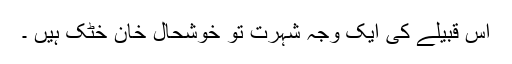
اس قبیلے کی ایک وجہ شہرت تو خوشحال خان خٹک ہیں ۔